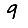
Digit: 9